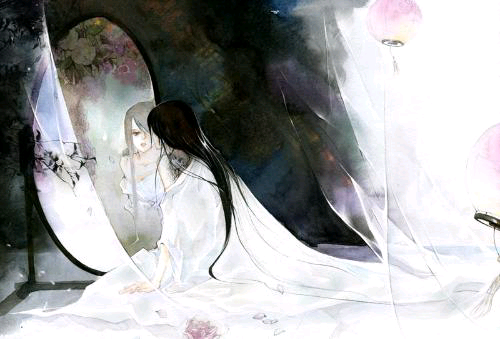
三杯两盏淡酒，怎敌他晚来风急？